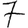
Digit: 7